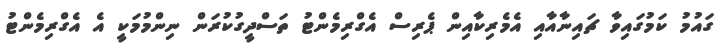
ގައުމު ކަމުގައިވާ ޗައިނާއާއި އެމެރިކާއިން ޕެރިސް އެގްރިމެންޓު ތަސްދީގުކުރަން ނިންމުމަކީ އެ އެގްރިމެންޓު